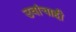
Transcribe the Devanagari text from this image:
उवांचाही